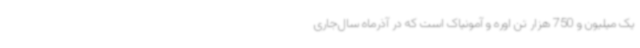
یک میلیون و 750 هزار تن اوره و آمونیاک است که در آذرماه سال‌جاری